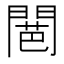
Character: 𮤕